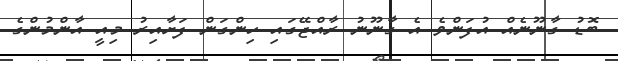
ބޮޑު ގާނޫނެއް އުފަންވެ އެ ގާނޫނު ރާއްޖޭގައި ހިންގަން ފަށާއިރު މިއީ އާންމުންގެ